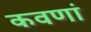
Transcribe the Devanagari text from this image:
कवणां